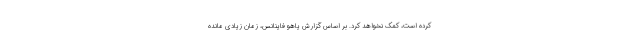
کرده است، کمک نخواهد کرد. بر اساس گزارش یاهو فاینانس، زمان زیادی مانده